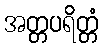
အတ္တပရိတ္တံ